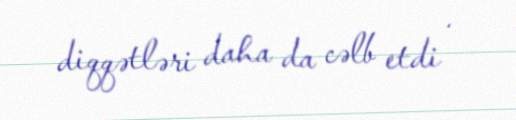
diqqətləri daha da cəlb etdi .